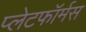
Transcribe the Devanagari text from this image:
प्लेटफॉर्मस